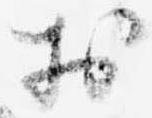
於